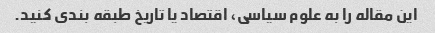
این مقاله را به علوم سیاسی، اقتصاد یا تاریخ طبقه بندی کنید.